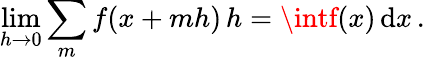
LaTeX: \operatorname*{lim}_{h\to0}\sum_{m}f(x+mh)\, h=\intf(x)\, \mathrm{d}x\, .